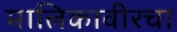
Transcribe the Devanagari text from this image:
मालिकावीरचा